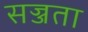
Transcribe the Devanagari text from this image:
सज्जता